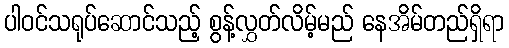
ပါဝင်သရုပ်ဆောင်သည့် စွန့်လွှတ်လိမ့်မည် နေအိမ်တည်ရှိရာ